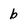
Character: b